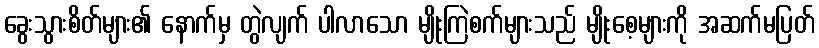
ခွေးသွားစိတ်များ၏ နောက်မှ တွဲလျက် ပါလာသော မျိုးကြဲစက်များသည် မျိုးစေ့များကို အဆက်မပြတ်